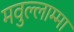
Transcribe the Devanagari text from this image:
मवुल्लाम्मा